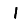
Digit: 1